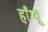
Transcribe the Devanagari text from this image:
हाँग्वू